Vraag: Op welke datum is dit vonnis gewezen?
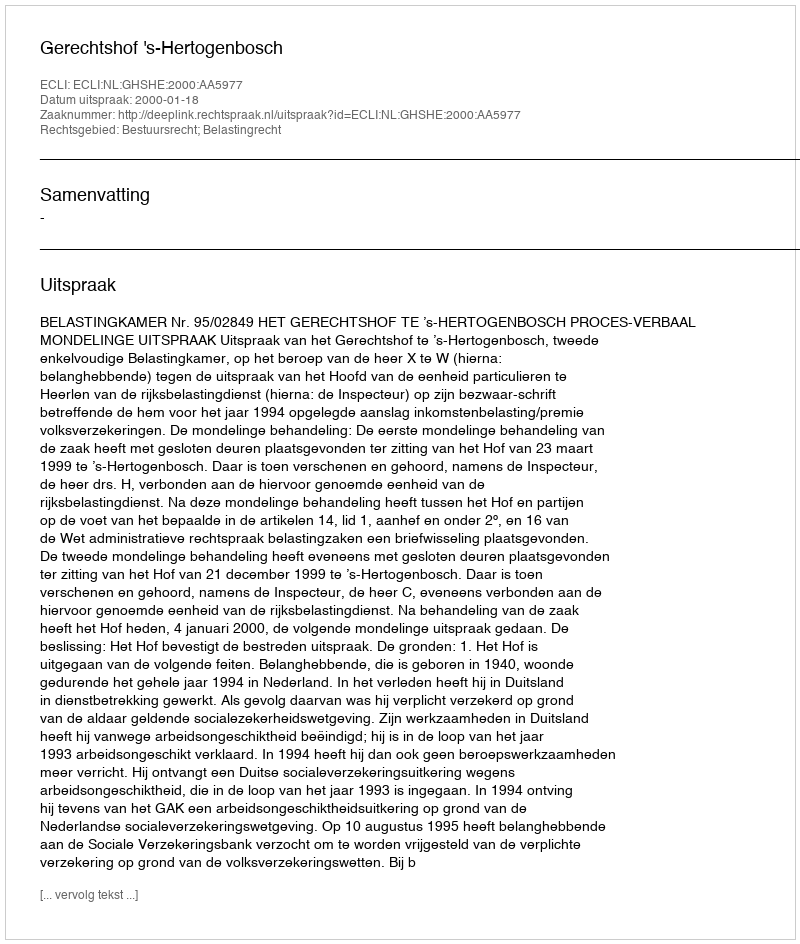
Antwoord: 2000-01-18